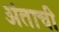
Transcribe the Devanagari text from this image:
अंताची